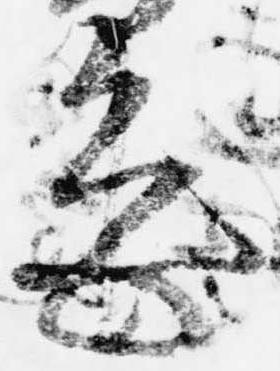
忠